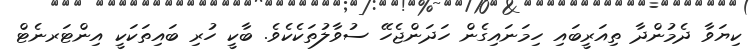
ކިޔަވާ ދެމުންދާ ތިއަރީބައި ހިމަނައިގެން ހަދަންޖެހޭ ސުވާލުތަކެކެވެ. ބާކީ ހުރި ބައިތަކަކީ އިންޓަރނެޓް